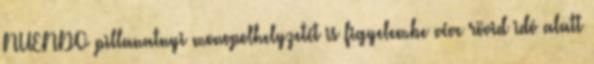
NUENDO pillanatnyi monopolhelyzetét is figyelembe véve rövid idô alatt